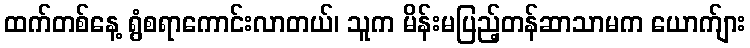
ထက်တစ်နေ့ ရွံစရာကောင်းလာတယ်၊ သူက မိန်းမပြည့်တန်ဆာသာမက ယောက်ျား